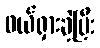
ဖယ်ရှားခဲ့ပြီး